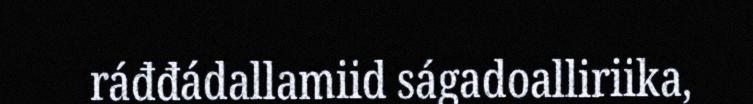
ráđđádallamiid ságadoalliriika,